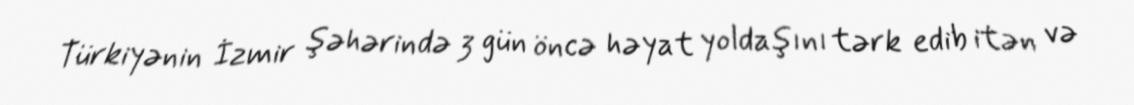
Türkiyənin İzmir şəhərində 3 gün öncə həyat yoldaşını tərk edib itən və